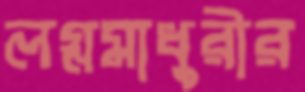
লগ্নমাধুরীর